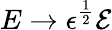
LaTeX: E\rightarrow\epsilon^{\frac{1}{2}}\mathcal{E}